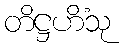
တိဋ္ဌဟိံသု